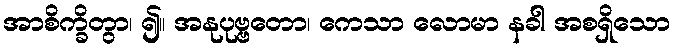
အာစိက္ခိတွာ၊ ၍။ အနုပုဗ္ဗတော၊ ကေသာ လောမာ နခါ အစရှိသော